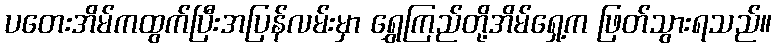
ပတေးအိမ်ကထွက်ပြီးအပြန်လမ်းမှာ ရွှေကြည်တို့အိမ်ရှေ့က ဖြတ်သွားရသည်။